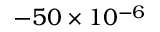
- 5 0 \times 1 0 ^ { - 6 }